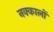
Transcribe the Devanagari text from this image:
नक्कालों